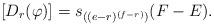
LaTeX: \begin{align*} [D_{r}(\varphi)] = s_{((e-r)^{(f-r)})} (F - E). \end{align*}